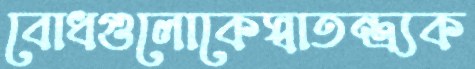
বোধগুলোকেস্বাতন্ত্র্যক